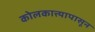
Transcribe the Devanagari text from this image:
कोलकात्त्यापासून